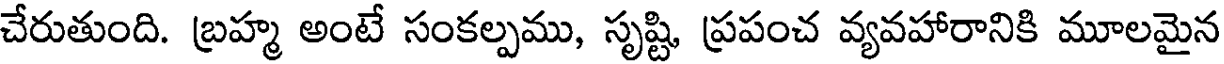
చేరుతుంది. బ్రహ్మ అంటే సంకల్పము, సృష్టి, ప్రపంచ వ్యవహారానికి మూలమైన